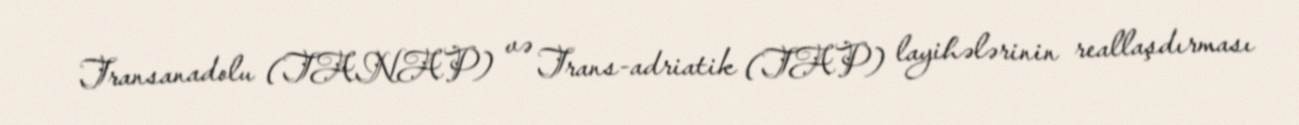
Transanadolu (TANAP) və Trans-adriatik (TAP) layihələrinin reallaşdırması